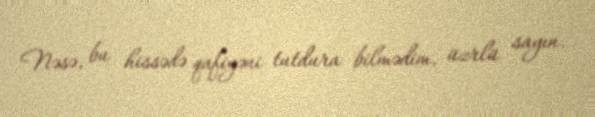
Nəsə, bu hissədə qafiyəni tutdura bilmədim, üzrlü sayın.